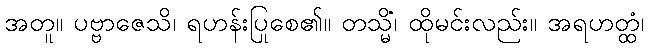
အတူ။ ပဗ္ဗာဇေသိ၊ ရဟန်းပြုစေ၏။ တသ္မိံ၊ ထိုမင်းလည်း။ အရဟတ္ထံ၊